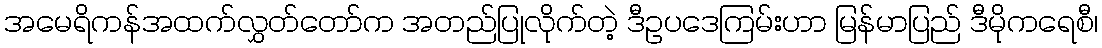
အမေရိကန်အထက်လွှတ်တော်က အတည်ပြုလိုက်တဲ့ ဒီဥပဒေကြမ်းဟာ မြန်မာပြည် ဒီမိုကရေစီ၊